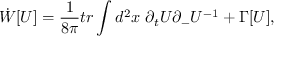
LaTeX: \dot { W } [ U ] = \frac { 1 } { 8 \pi } t r \int d ^ { 2 } x ~ \partial _ { t } U \partial _ { - } U ^ { - 1 } + \Gamma [ U ] ,